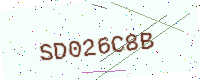
Text: SD026C8B